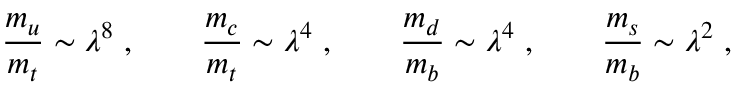
\frac { m _ { u } } { m _ { t } } \sim \lambda ^ { 8 } \; , \qquad \frac { m _ { c } } { m _ { t } } \sim \lambda ^ { 4 } \; , \qquad \frac { m _ { d } } { m _ { b } } \sim \lambda ^ { 4 } \; , \qquad \frac { m _ { s } } { m _ { b } } \sim \lambda ^ { 2 } \; ,